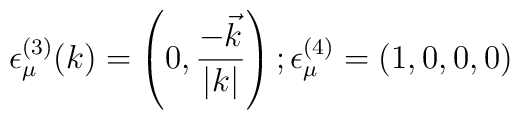
\epsilon ^{(3)}_\mu(k) = \left (0, \frac{ -\vec{k}}{|k|} \right );  \ \\ \epsilon ^{(4)}_\mu = (1,0,0,0)